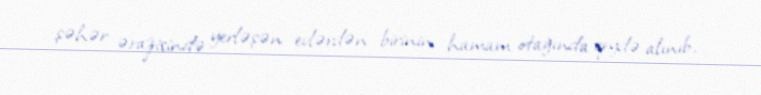
şəhər ərazisində yerləşən evlərdən birinin hamam otağında qeydə alınıb.